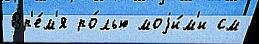
Вр'е́м'я ро́лью моjи́м'и см